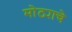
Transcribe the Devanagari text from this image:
मोठ्याचे